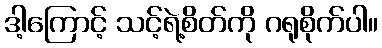
ဒါ့ကြောင့် သင့်ရဲ့စိတ်ကို ဂရုစိုက်ပါ။